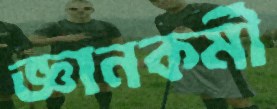
জ্ঞানকর্মী